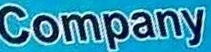
Company